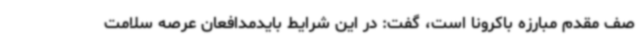
صف مقدم مبارزه باکرونا است، گفت: در این شرایط بایدمدافعان عرصه سلامت